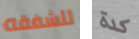
للشفقه كدة